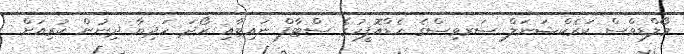
މޯލްޑިވްސް ކަރެކްޝަނަލް ސަރވިސްގެ ހެޑްއޮފީހުގެ ސްޓާފް ނައިޓާއި ރޯދަ ހަދިޔާ ދިނުން ކުރިއަށް